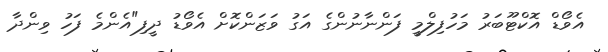
އެވޯޑް އޮކްޓޫބަރު މަހުފިލްމީ ފަންނާނުންގެ އަގު ވަޒަންކޮށް އެވޯޑު ދީފި"އެންމެ ފަހު ވިންދާ